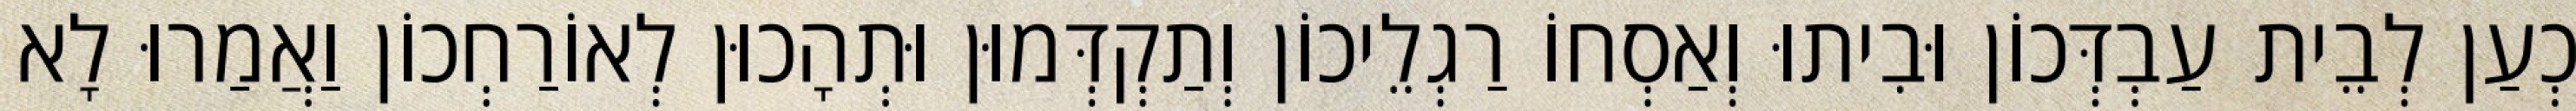
כְעַן לְבֵית עַבְדְּכוֹן וּבִיתוּ וְאַסְחוֹ רַגְלֵיכוֹן וְתַקְדְּמוּן וּתְהָכוּן לְאוֹרַחְכוֹן וַאֲמַרוּ לָא